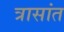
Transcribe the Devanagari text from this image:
त्रासांत